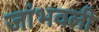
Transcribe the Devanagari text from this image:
जांभवली